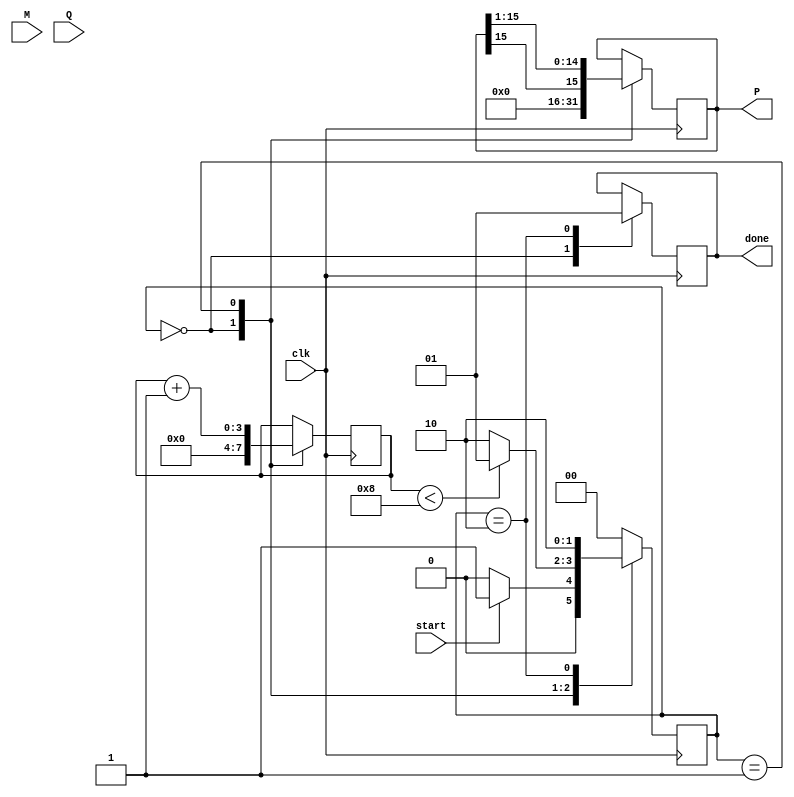
module booth_multiplier #(parameter WIDTH = 8) (
    input signed [WIDTH-1:0] M,       // Multiplicand
    input signed [WIDTH-1:0] Q,       // Multiplier
    input clk,                         // Clock signal
    input start,                       // Start signal
    output reg signed [2*WIDTH-1:0] P, // Product
    output reg done                    // Done signal
);

    reg signed [WIDTH-1:0] Q_reg;      // Multiplier register
    reg signed [WIDTH-1:0] M_reg;      // Multiplicand register
    reg [WIDTH-1:0] Q_minus1;          // Previous LSB
    reg [3:0] count;                   // Count for iterations
    reg [2*WIDTH-1:0] P_temp;          // Temporary product register

    // State machine states
    localparam IDLE = 2'b00,
               EXECUTE = 2'b01,
               DONE = 2'b10;

    reg [1:0] state, next_state;

    // Initial conditions
    initial begin
        P = 0;
        Q_reg = 0;
        M_reg = 0;
        Q_minus1 = 0;
        count = 0;
        done = 0;
        state = IDLE;
    end

    // State transition logic
    always @(posedge clk) begin
        state <= next_state;
    end

    // Next state logic
    always @(*) begin
        case (state)
            IDLE: begin
                if (start) begin
                    next_state = EXECUTE;
                end else begin
                    next_state = IDLE;
                end
            end
            EXECUTE: begin
                if (count < WIDTH) begin
                    next_state = EXECUTE;
                end else begin
                    next_state = DONE;
                end
            end
            DONE: begin
                next_state = DONE;
            end
            default: next_state = IDLE;
        endcase
    end

    // Main multiplication logic
    always @(posedge clk) begin
        case (state)
            IDLE: begin
                // Initialize registers
                P <= 0;
                Q_reg <= Q;
                M_reg <= M;
                Q_minus1 <= 0;
                count <= 0;
                done <= 0;
            end
            EXECUTE: begin
                // Booth's algorithm
                case ({Q_reg[0], Q_minus1})
                    2'b01: P_temp = P + {M_reg, {WIDTH{1'b0}}}; // Add M
                    2'b10: P_temp = P - {M_reg, {WIDTH{1'b0}}}; // Subtract M
                    default: P_temp = P; // Do nothing
                endcase

                // Update product and shift
                P <= P_temp;
                Q_minus1 <= Q_reg[0];
                P <= {P[2*WIDTH-1], P[2*WIDTH-1:1]}; // Arithmetic right shift
                Q_reg <= {Q_reg[WIDTH-1], Q_reg[WIDTH-1:1]}; // Shift Q
                count <= count + 1;
            end
            DONE: begin
                done <= 1;
            end
        endcase
    end

endmodule